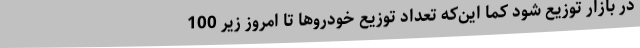
در بازار توزیع شود کما این‌که تعداد توزیع خودروها تا امروز زیر 100